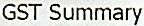
GST SUMMARY